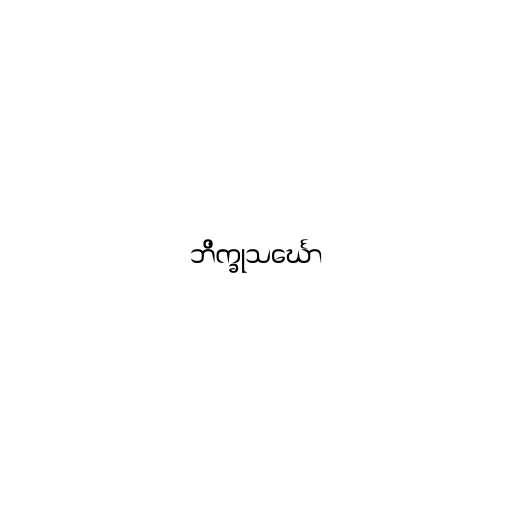
ဘိက္ခုသင်္ဃော